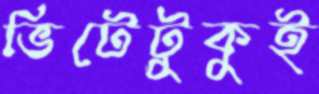
ভিটেটুকুই